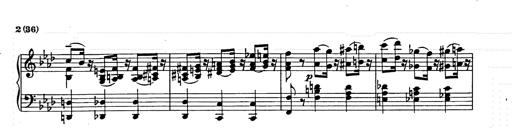
Title: Weinen, Klagen, Sorgen, Zagen
Composer: Franz Liszt